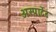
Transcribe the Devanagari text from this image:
अस्पार्टेट